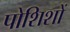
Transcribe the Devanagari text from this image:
पोशिशों